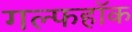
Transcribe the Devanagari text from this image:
गल्फहॉक